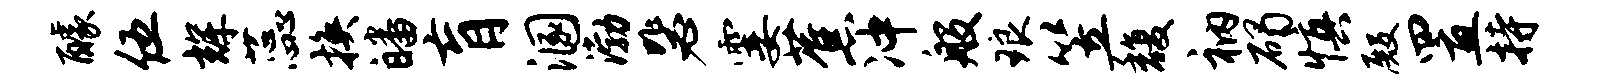
醵伍辉蕊换皤肓溷渤毖霎蕉冲般琅笠馥衲碣慎殿置持